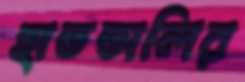
হাততালির